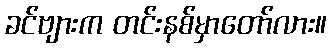
ခင်ဗျားက တင်းနစ်မှာတော်လား။